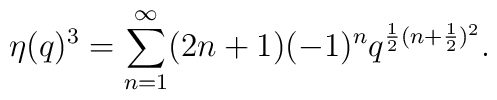
\eta (q)^{3} =\sum _{n=1}^{\infty} (2n+1)(-1)^{n}q^{\frac{1}{2} (n+\frac{1}{2})^{2}} .